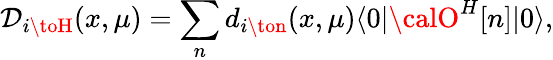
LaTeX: \mathcal{D}_{i\toH}(x,\mu)=\sum_{n}d_{i\ton}(x,\mu)\langle0|{\calO}^{H}[n]|0\rangle,